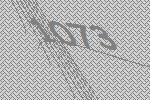
1073